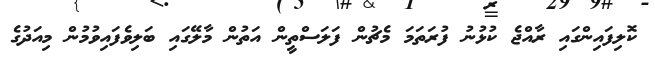
ކޮލިފައިންގައި ރާއްޖެ ކުޅުނު ފުރަތަމަ މެޗުން ފަލަސްތީން އަތުން މާލޭގައި ބަލިވެފައިވުމުން މިއަދުގެ